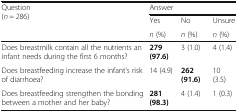
<table><thead><tr><td rowspan="3"><b>Question(<i>n</i> = 286)</b></td><td colspan="3"><b>Answer</b></td></tr><tr><td><b>Yes</b></td><td><b>No</b></td><td><b>Unsure</b></td></tr><tr><td><b><i>n</i> (%)</b></td><td><b><i>n</i> (%)</b></td><td><b><i>n</i> (%)</b></td></tr></thead><tbody><tr><td>Does breastmilk contain all the nutrients an infant needs during the first 6 months?</td><td><b>279 (97.6)</b></td><td>3 (1.0)</td><td>4 (1.4)</td></tr><tr><td>Does breastfeeding increase the infant’s risk of diarrhoea?</td><td>14 (4.9)</td><td><b>262 (91.6)</b></td><td>10 (3.5)</td></tr><tr><td>Does breastfeeding strengthen the bonding between a mother and her baby?</td><td><b>281 (98.3)</b></td><td>4 (1.4)</td><td>1 (0.3)</td></tr></tbody></table>